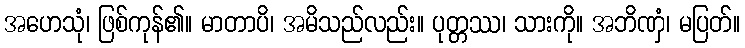
အဟေသုံ၊ ဖြစ်ကုန်၏။ မာတာပိ၊ အမိသည်လည်း။ ပုတ္တဿ၊ သားကို။ အဘိဏှံ၊ မပြတ်။